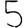
Digit: 5